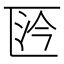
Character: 𠥴